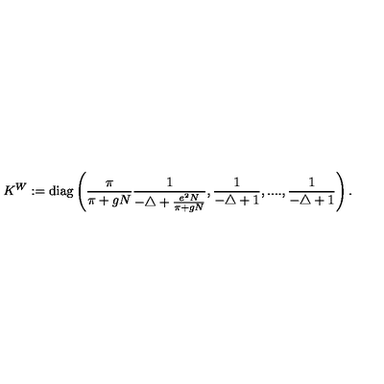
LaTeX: K ^ { W } : = \mathrm { d i a g } \left( \frac { \pi } { \pi + g N } \frac { 1 } { - \triangle + \frac { e ^ { 2 } N } { \pi + g N } } , \frac { 1 } { - \triangle + 1 } , . . . . , \frac { 1 } { - \triangle + 1 } \right) .